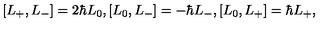
\left[ L _ { + } , L _ { - } \right] = 2 \hbar L _ { 0 } , \left[ L _ { 0 } , L _ { - } \right] = - \hbar L _ { - } , \left[ L _ { 0 } , L _ { + } \right] = \hbar L _ { + } ,